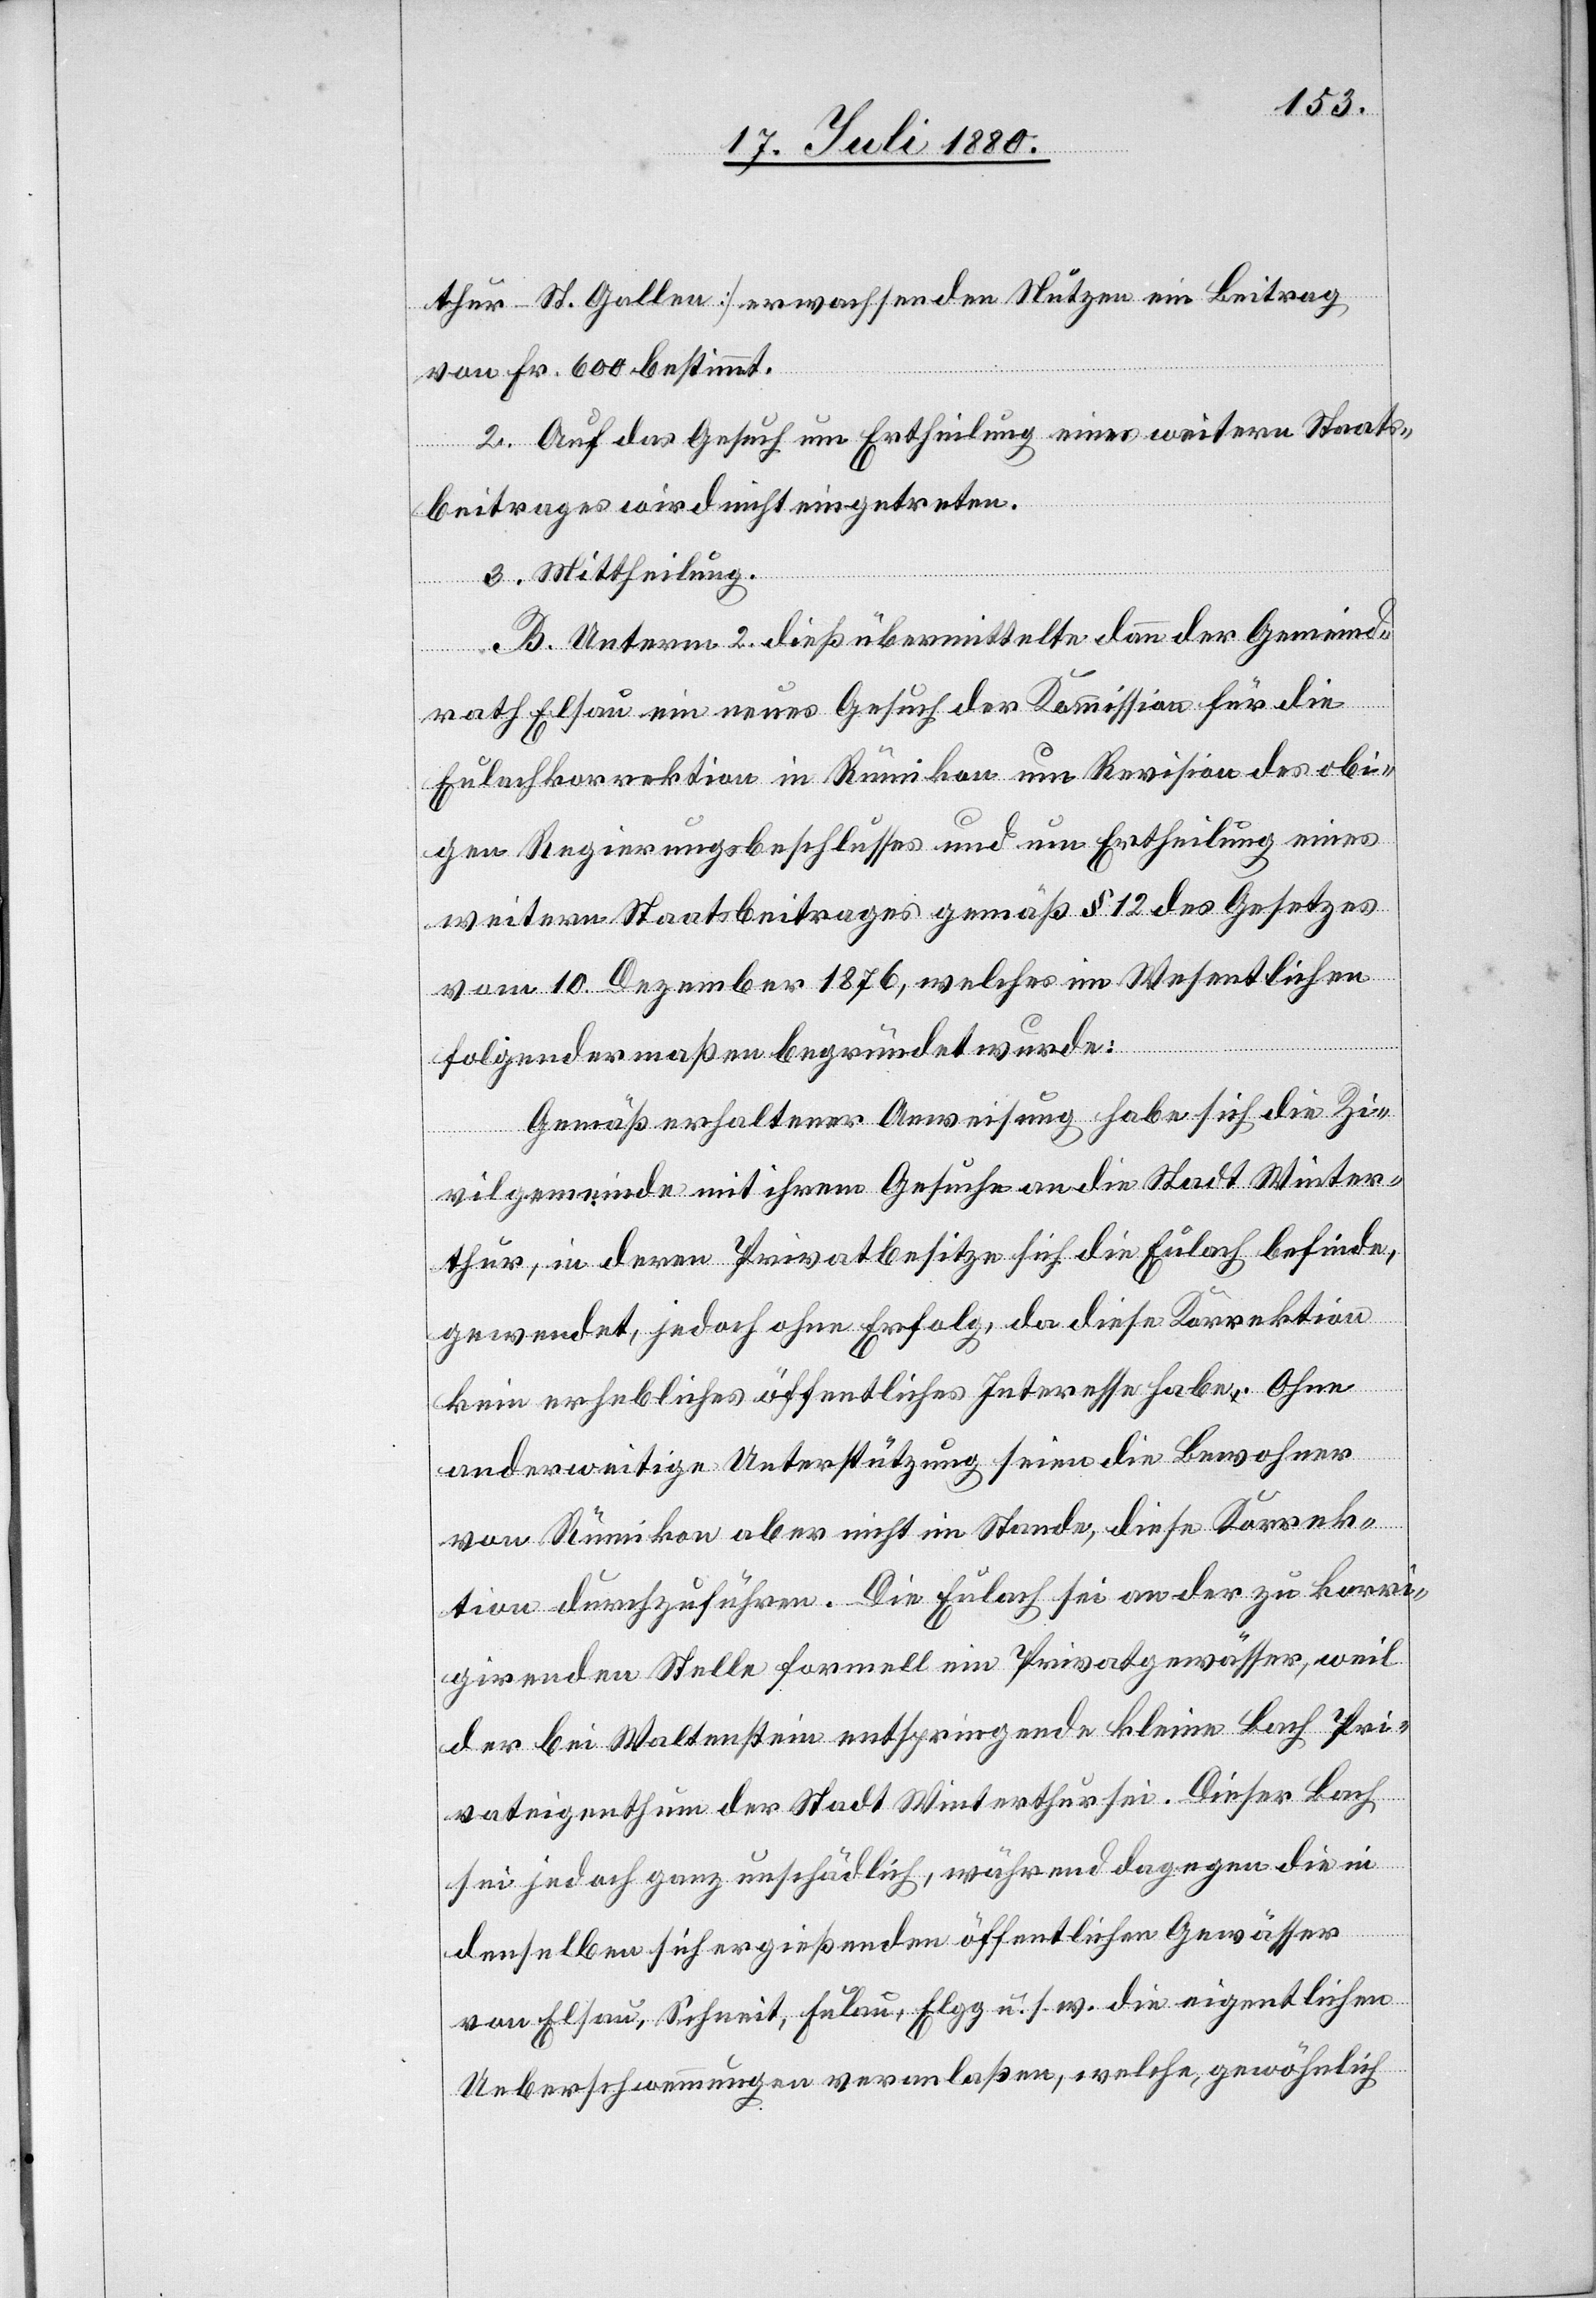
thur–St. Gallen] erwachsenden Nutzen ein Beitrag
von Fr. 600 bestimmt.
2. Auf das Gesuch um Ertheilung eines weiteren Staats¬
beitrages wird nicht eingetreten.
3. Mittheilung.
B. Unterm 2. dieß übermittelte dann der Gemeind¬
rath Elsau ein neues Gesuch der Kommission für die
Eulachkorrektion in Rümikon um Revision des obi¬
gen Regierungsbeschlusses und um Ertheilung eines
weiteren Staatsbeitrages gemäß § 12 des Gesetzes
vom 10. Dezember 1876, welches im Wesentlichen
folgendermaßen begründet wurde:
Gemäß erhaltener Anweisung habe sich die Zi¬
vilgemeinde mit ihrem Gesuche an die Stadt Winter¬
thur, in deren Privatbesitze sich die Eulach befinde,
gewendet, jedoch ohne Erfolg, da diese Korrektion
kein erhebliches öffentliches Interesse habe. Ohne
anderweitige Unterstützung seien die Bewohner
von Rümikon aber nicht im Stande, diese Korrek¬
tion durchzuführen. Die Eulach sei an der zu korri¬
girenden Stelle formell ein Privatgewässer, weil
der bei Waltenstein entspringende kleine Bach Pri¬
vateigenthum der Stadt Winterthur sei. Dieser Bach
sei jedoch ganz unschädlich, während dagegen die in
denselben sich ergießenden öffentlichen Gewässer
von Elsau, Schneit, Fulau, Elgg u. s. w. die eigentlichen
Ueberschwemmungen veranlaßen, welche, gewöhnlich